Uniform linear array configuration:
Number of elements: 64
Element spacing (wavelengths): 1
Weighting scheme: exponential
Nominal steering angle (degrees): -30
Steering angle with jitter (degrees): -28.717
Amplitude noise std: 0.05
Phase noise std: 0.05

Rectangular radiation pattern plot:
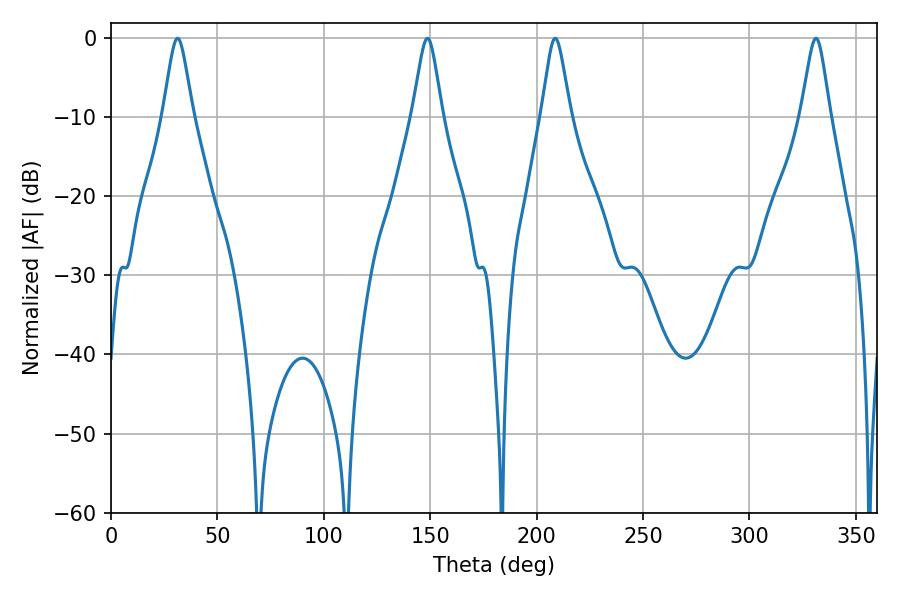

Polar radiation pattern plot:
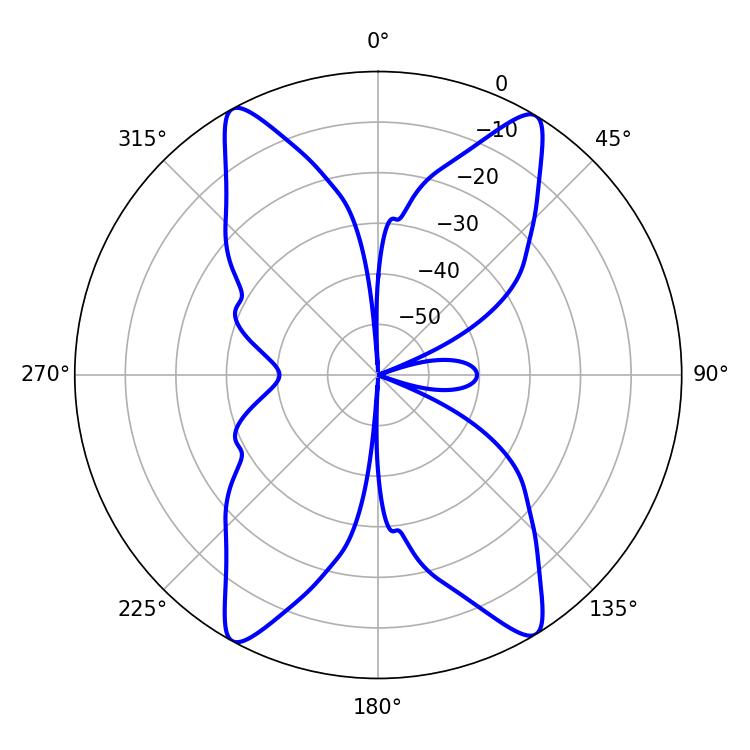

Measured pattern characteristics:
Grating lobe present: TRUE
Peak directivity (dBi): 22.196
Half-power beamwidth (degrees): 6.84
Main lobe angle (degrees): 31.32